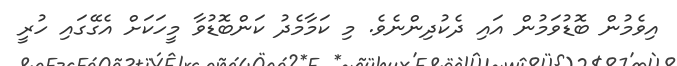
އިވެމުން ބޮޑުވަމުން އައި ދެކުދިންނެވެ. މި ކަމާމެދު ކަންބޮޑުވާ މީހަކަށް އެގޭގައި ހުރީ